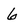
Character: 6